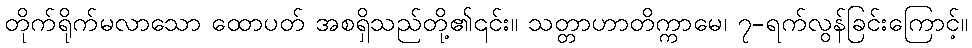
တိုက်ရိုက်မလာသော ထောပတ် အစရှိသည်တို့၏၎င်း။ သတ္တာဟာတိက္ကာမေ၊ ၇-ရက်လွန်ခြင်းကြောင့်။